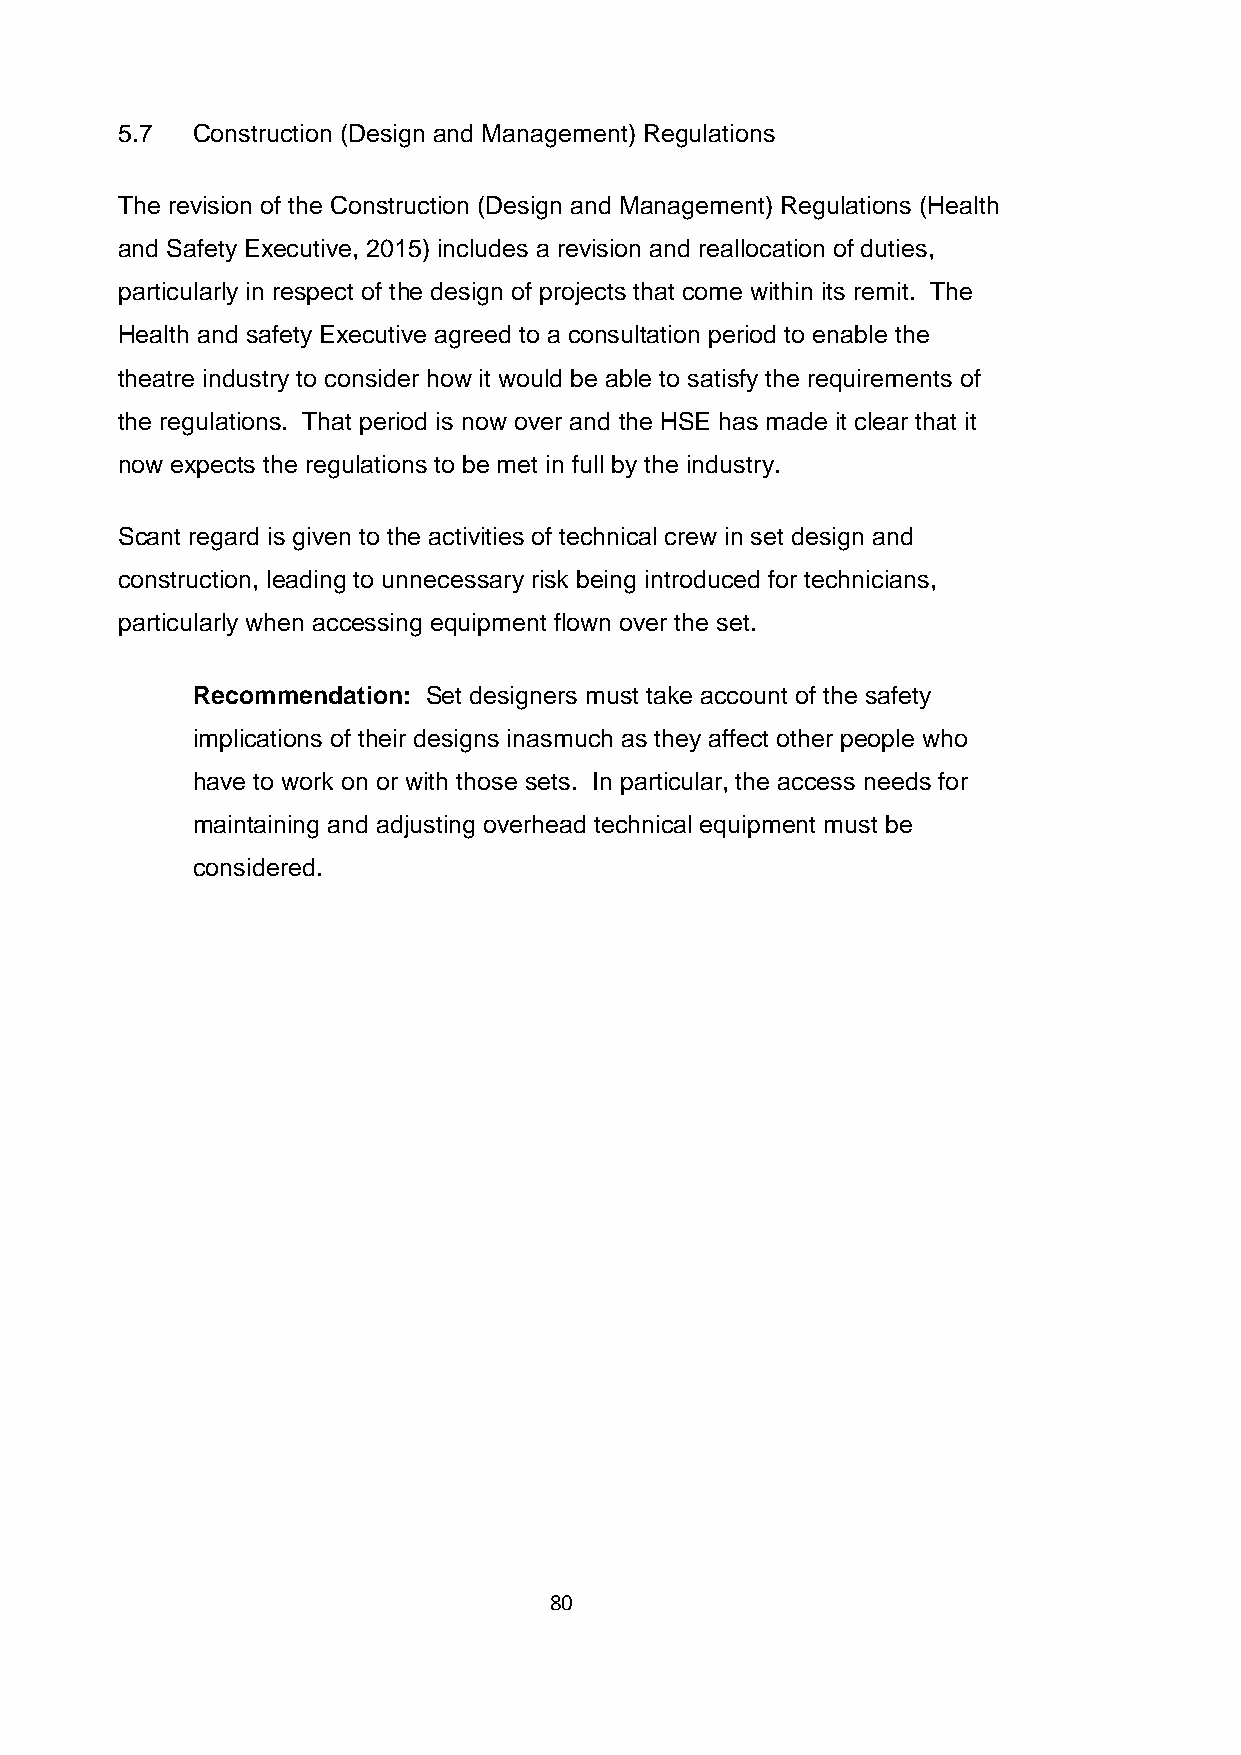
5.7  Construction (Design and Management) Regulations
 The revision of the Construction (Design and Management) Regulations (Health
 and Safety Executive, 2015) includes a revision and reallocation of duties,
 particularly in respect of the design of projects that come within its remit. The
 Health and safety Executive agreed to a consultation period to enable the
 theatre industry to consider how it would be able to satisfy the requirements of
 the regulations. That period is now over and the HSE has made it clear that it
 now expects the regulations to be met in full by the industry.
 Scant regard is given to the activities of technical crew in set design and
 construction, leading to unnecessary risk being introduced for technicians,
 particularly when accessing equipment flown over the set.
 Recommendation: Set designers must take account of the safety
 implications of their designs inasmuch as they affect other people who
 have to work on or with those sets. In particular, the access needs for
 maintaining and adjusting overhead technical equipment must be
 considered.
 80